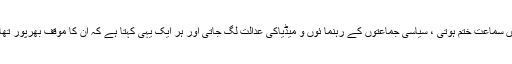
قصہ مختصر یہ ہے کہ بڑا عجیب چلن چل نکلا تھا ، کہ جیسے عدلیہ میں سماعت ختم ہوتی ، سیاسی جماعتوں کے رہنما ئوں و میڈیاکی عدالت لگ جاتی اور ہر ایک یہی کہتا ہے کہ ان کا موقف بھرپور تھا ، عمران خان نے تو یہاں تک کہہ دیا تھا کہ کیس ختم ہوگیا،مبارک ہو ۔